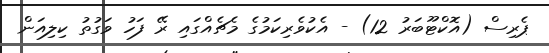
ޕެރިސް (އޮކްޓޫބަރު 12) - އެކުވެރިކަމުގެ މެޗެއްގައި ރޭ ފަހު ވަގުތު ކިލިއަން